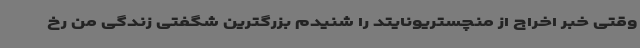
وقتی خبر اخراج از منچستریونایتد را شنیدم بزرگترین شگفتی زندگی من رخ